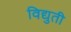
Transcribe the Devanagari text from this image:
विद्युती